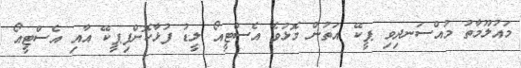
މައުލޫމާތު މުއްސަނދިވި ޕީކޭ އަތުން މޮޅުވެ އެސްޓީއޯ ލީޑު ފުޅާކޮށްފިޕީކޭ އާއި އެސްޓީއޯ